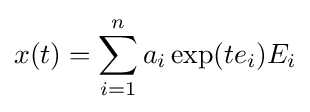
x(t)=\sum _{i=1}^{n}a_{i}\exp(te_{i})E_{i}